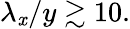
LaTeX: \lambda_{\mathit{x}}/y\gtrsim10.